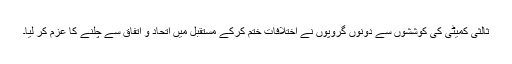
ثالثی کمیٹی کی کوششوں سے دونوں گروپوں نے اختلافات ختم کرکے مستقبل میں اتحاد و اتفاق سے چلنے کا عزم کر لیا۔